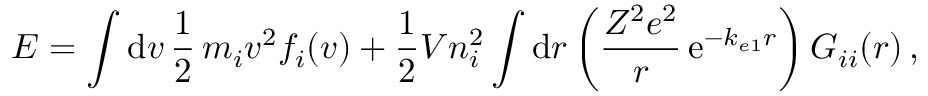
E = \int \mathrm { d } \boldsymbol { v } \, \frac { 1 } { 2 } \, m _ { i } \boldsymbol { v } ^ { 2 } f _ { i } ( \boldsymbol { v } ) + \frac { 1 } { 2 } V n _ { i } ^ { 2 } \int \mathrm { d } \boldsymbol { r } \left( \frac { Z ^ { 2 } e ^ { 2 } } { r } \, \mathrm { e } ^ { - k _ { e 1 } r } \right) G _ { i i } ( \boldsymbol { r } ) \, ,